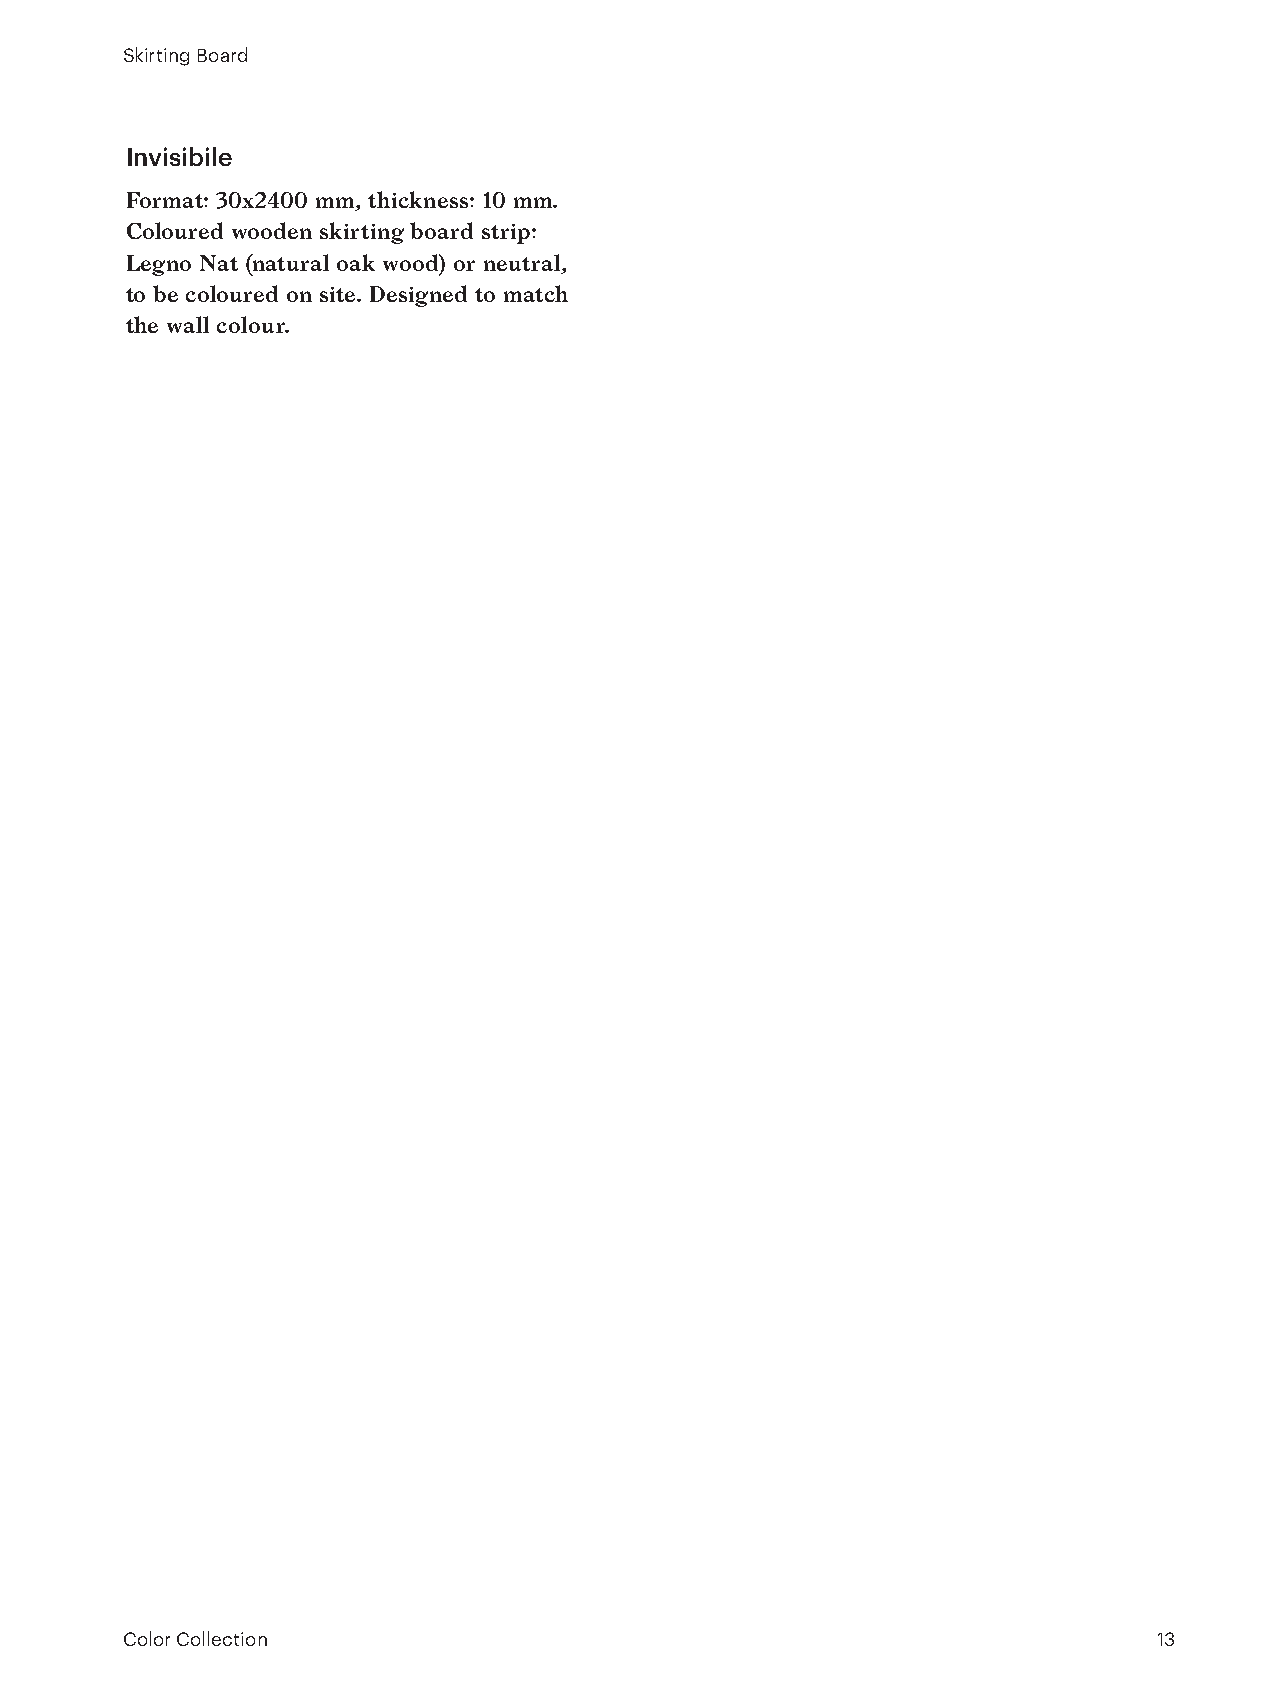
Skirting Board
 Invisibile
 Format: 30x2400 mm, thickness: 10 mm.
 Coloured wooden skirting board strip:
 Legno Nat (natural oak wood) or neutral,
 to be coloured on site. Designed to match
 the wall colour.
 Kerakoll Color Collection                                                    13